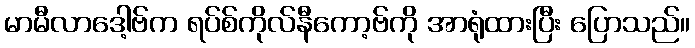
မာမီလာဒေါ့ဗ်က ရပ်စ်ကိုလ်နီကော့ဗ်ကို အာရုံထားပြီး ပြောသည်။